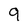
Character: 9